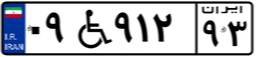
۰۹W۹۱۲۹۳